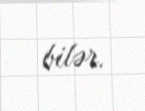
bilər.